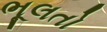
ભૂલતો